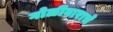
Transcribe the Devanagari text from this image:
गोळीबाराचे